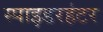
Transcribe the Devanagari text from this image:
स्पाइडरहंटर